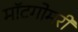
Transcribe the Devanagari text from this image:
मॉटगोमरी